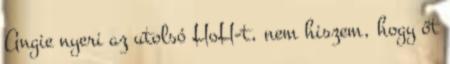
Angie nyeri az utolsó HoH-t, nem hiszem, hogy őt